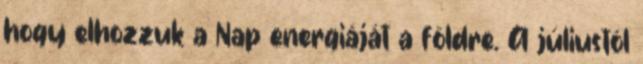
hogy elhozzuk a Nap energiáját a földre. A júliustól